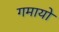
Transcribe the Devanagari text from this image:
गमायो